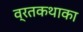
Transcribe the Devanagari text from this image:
व्रतकथाका